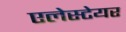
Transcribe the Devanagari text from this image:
एलेस्टेयर